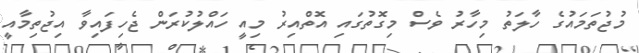
މުޖުތަމައުގެ ހާލަތު މިހާރު ވެސް މިގޮތުގައި އޮތްއިރު މިއީ ހައްލުކުރަން ޖެހިފައިވާ އިޖުތިމާއީ